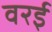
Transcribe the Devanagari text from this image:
वरई